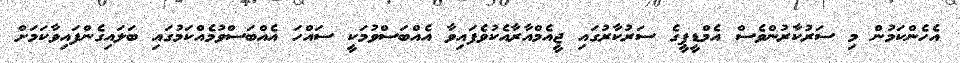
އެހެންކަމުން މި ސަރުކާރުންވެސް އެމްޑީޕީގެ ސަރުކާރުގައި ޖީއެމްއާރާއެކުވެފައިވާ އެއްބަސްވުމަކީ ސައްހަ އެއްބަސްވުމެއްކަމުގައި ބަލައިގެންފައިވާކަމަށް